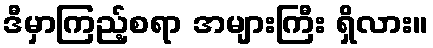
ဒီမှာကြည့်စရာ အများကြီး ရှိလား။